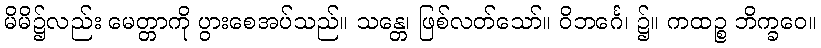
မိမိ၌လည်း မေတ္တာကို ပွားစေအပ်သည်။ သန္တေ၊ ဖြစ်လတ်သော်။ ဝိဘင်္ဂေ၊ ၌။ ကထဉ္စ ဘိက္ခဝေ။